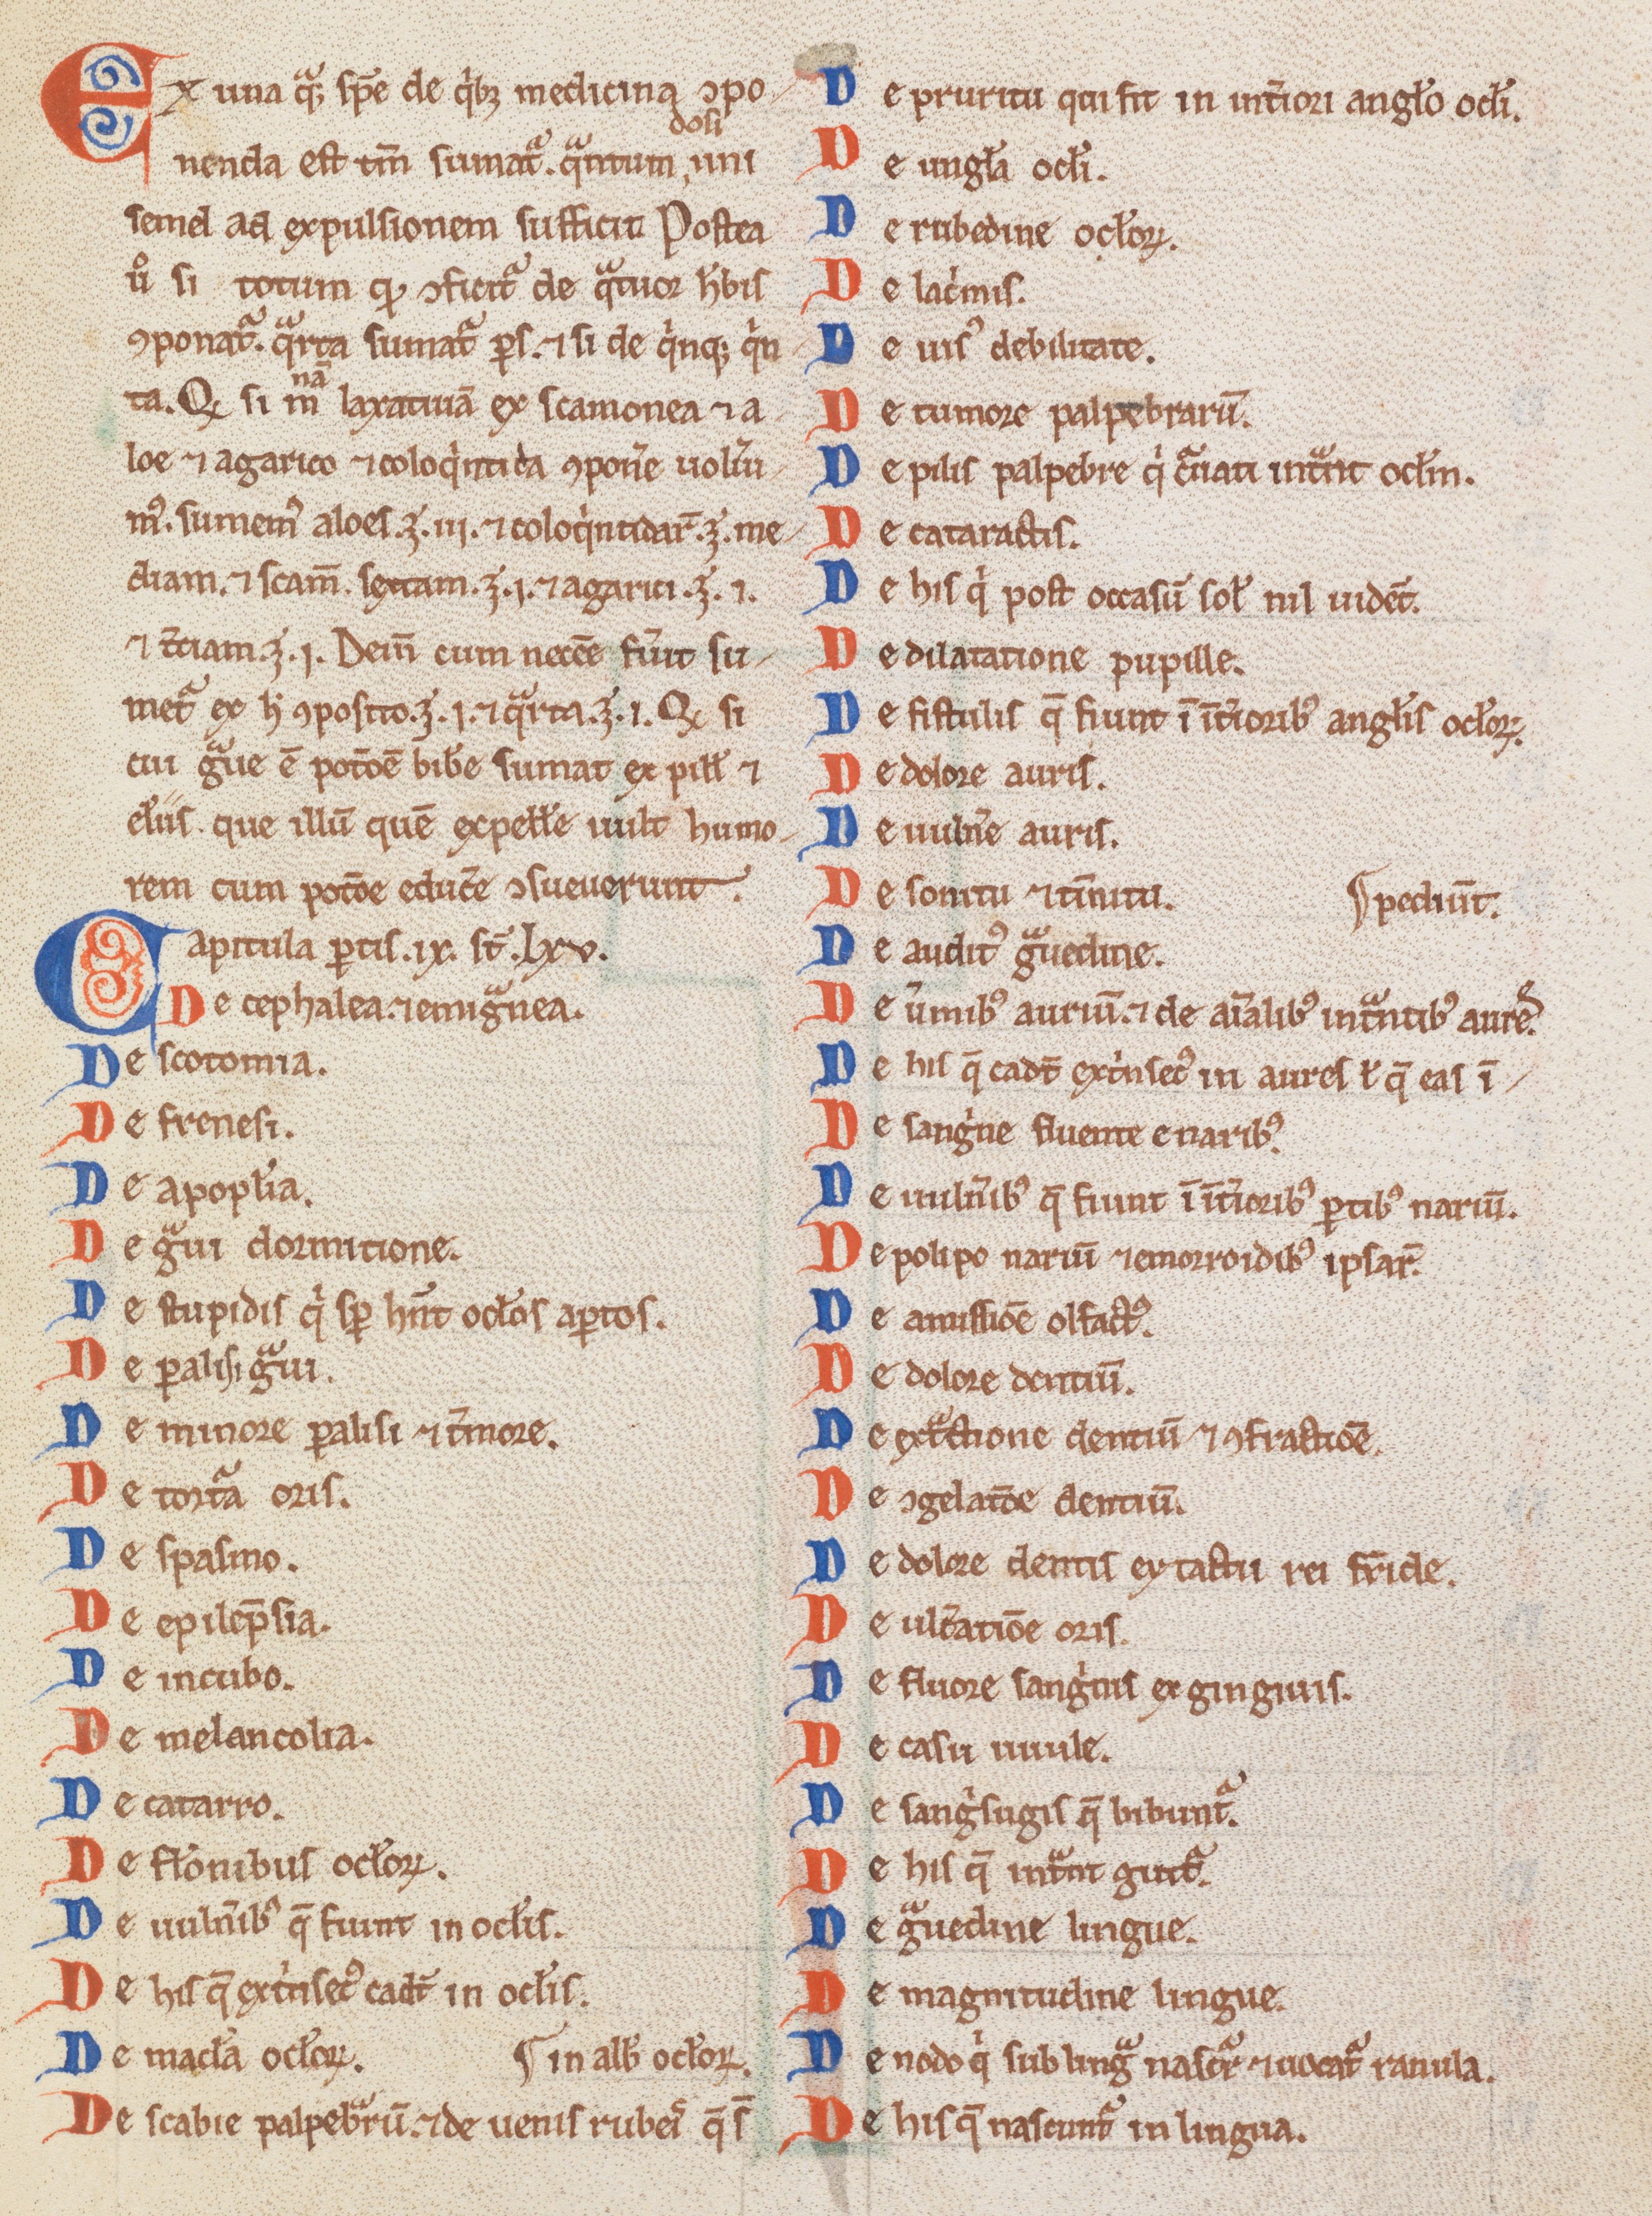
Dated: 1200–1299